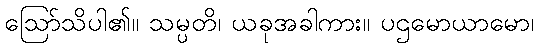
ဩော်သိပါ၏။ သမ္ပတိ၊ ယခုအခါကား။ ပဌမောယာမော၊